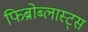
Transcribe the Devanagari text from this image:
फिब्रोब्लास्ट्स